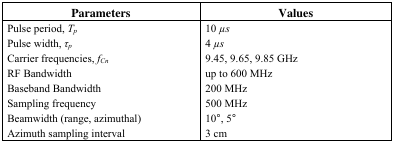
| Parameters | Values |
 | --- | --- |
 | Pulse period, Tp | 10 μs |
 | Pulse width, τp | 4 μs |
 | Carrier frequencies, fCn | 9.45, 9.65, 9.85 GHz |
 | RF Bandwidth | up to 600 MHz |
 | Baseband Bandwidth | 200 MHz |
 | Sampling frequency | 500 MHz |
 | Beamwidth (range, azimuthal) | 10°, 5° |
 | Azimuth sampling interval | 3 cm |